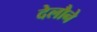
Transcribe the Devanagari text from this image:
देलौने